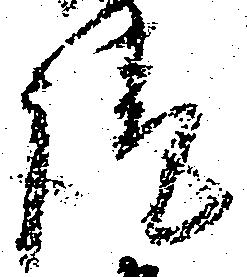
請